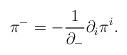
LaTeX: \begin{align*}{\pi}^-=-\frac{1}{{\partial}_-}{\partial}_i{\pi}^i. \end{align*}